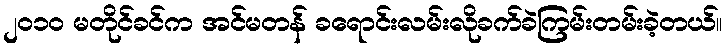
၂၀၁၀ မတိုင်ခင်က အင်မတန် ခရောင်းလမ်းလိုခက်ခဲကြမ်းတမ်းခဲ့တယ်။